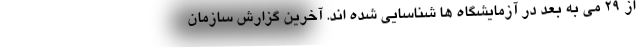
از ۲۹ می به بعد در آزمایشگاه ها شناسایی شده اند. آخرین گزارش سازمان